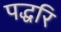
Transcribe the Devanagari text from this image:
पद्धरि